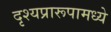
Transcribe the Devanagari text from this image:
दृश्यप्रारूपामध्ये